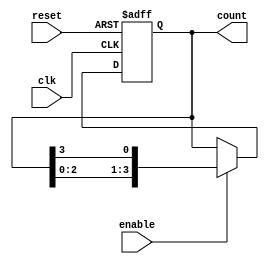
module ring_counter_with_enable(
    input wire clk,             // Clock input
    input wire reset,           // Reset signal
    input wire enable,          // Ring counter enable signal
    output reg [3:0] count      // Output count signal
);

always @(posedge clk or posedge reset) begin
    if (reset) begin
        count <= 4'b0001;       // Initialize count to 0001
    end else if (enable) begin
        count <= {count[2:0], count[3]}; // Shift count left
    end
end

endmodule